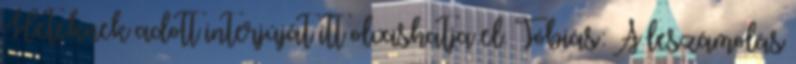
Heteknek adott interjúját itt olvashatja el. Tóbiás: A leszámolás